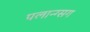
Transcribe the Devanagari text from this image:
पलान्ग्सग